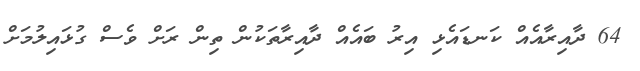
64 ދާއިރާއެއް ކަނޑައެޅި އިރު ބައެއް ދާއިރާތަކުން ތިން ރަށް ވެސް ގުޅައިލުމަށް